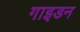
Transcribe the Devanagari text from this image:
गाइडन